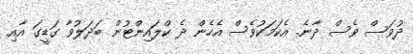
ދުވަސް ވެސް ދާނެ. އެކަމަކުވެސް އެހެން ދެ ކްލައިންޓުން ބަދަލުވާ ގަޑީގަ އާއި